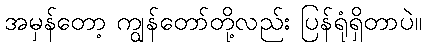
အမှန်တော့ ကျွန်တော်တို့လည်း ပြန်ရုံရှိတာပဲ။